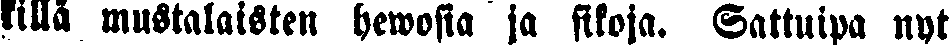
killä mustalaisten hewosia ja sikoja. Sattuipa nyt